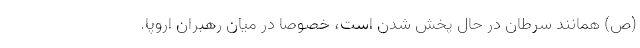
(ص) همانند سرطان در حال پخش شدن است، خصوصا در میان رهبران اروپا.